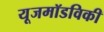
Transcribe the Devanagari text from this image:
यूजमॉडविकी